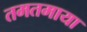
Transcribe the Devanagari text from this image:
तमतमाया